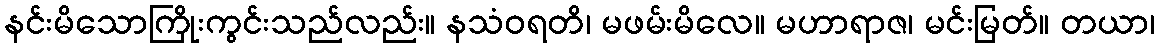
နင်းမိသောကြိုးကွင်းသည်လည်း။ နသံဝရတိ၊ မဖမ်းမိလေ။ မဟာရာဇ၊ မင်းမြတ်။ တယာ၊